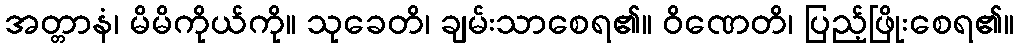
အတ္တာနံ၊ မိမိကိုယ်ကို။ သုခေတိ၊ ချမ်းသာစေရ၏။ ဝိဏေတိ၊ ပြည့်ဖြိုးစေရ၏။